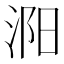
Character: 㳱